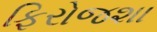
ફિરોજશા